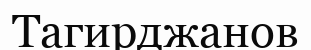
Тагирджанов